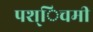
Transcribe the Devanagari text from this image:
पश्िचमी